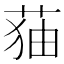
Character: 𦲥